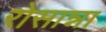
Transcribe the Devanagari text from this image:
रोसान्ना